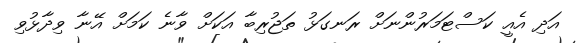
އަދި އެއީ ކަސްޓަމަރުންނަށް ރަނގަޅު ތަޖުރިބާ އަކަށް ވާނެ ކަަމަށް އޭނާ ވިދާޅުވި